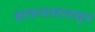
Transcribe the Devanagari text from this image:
श्वासनालापासून